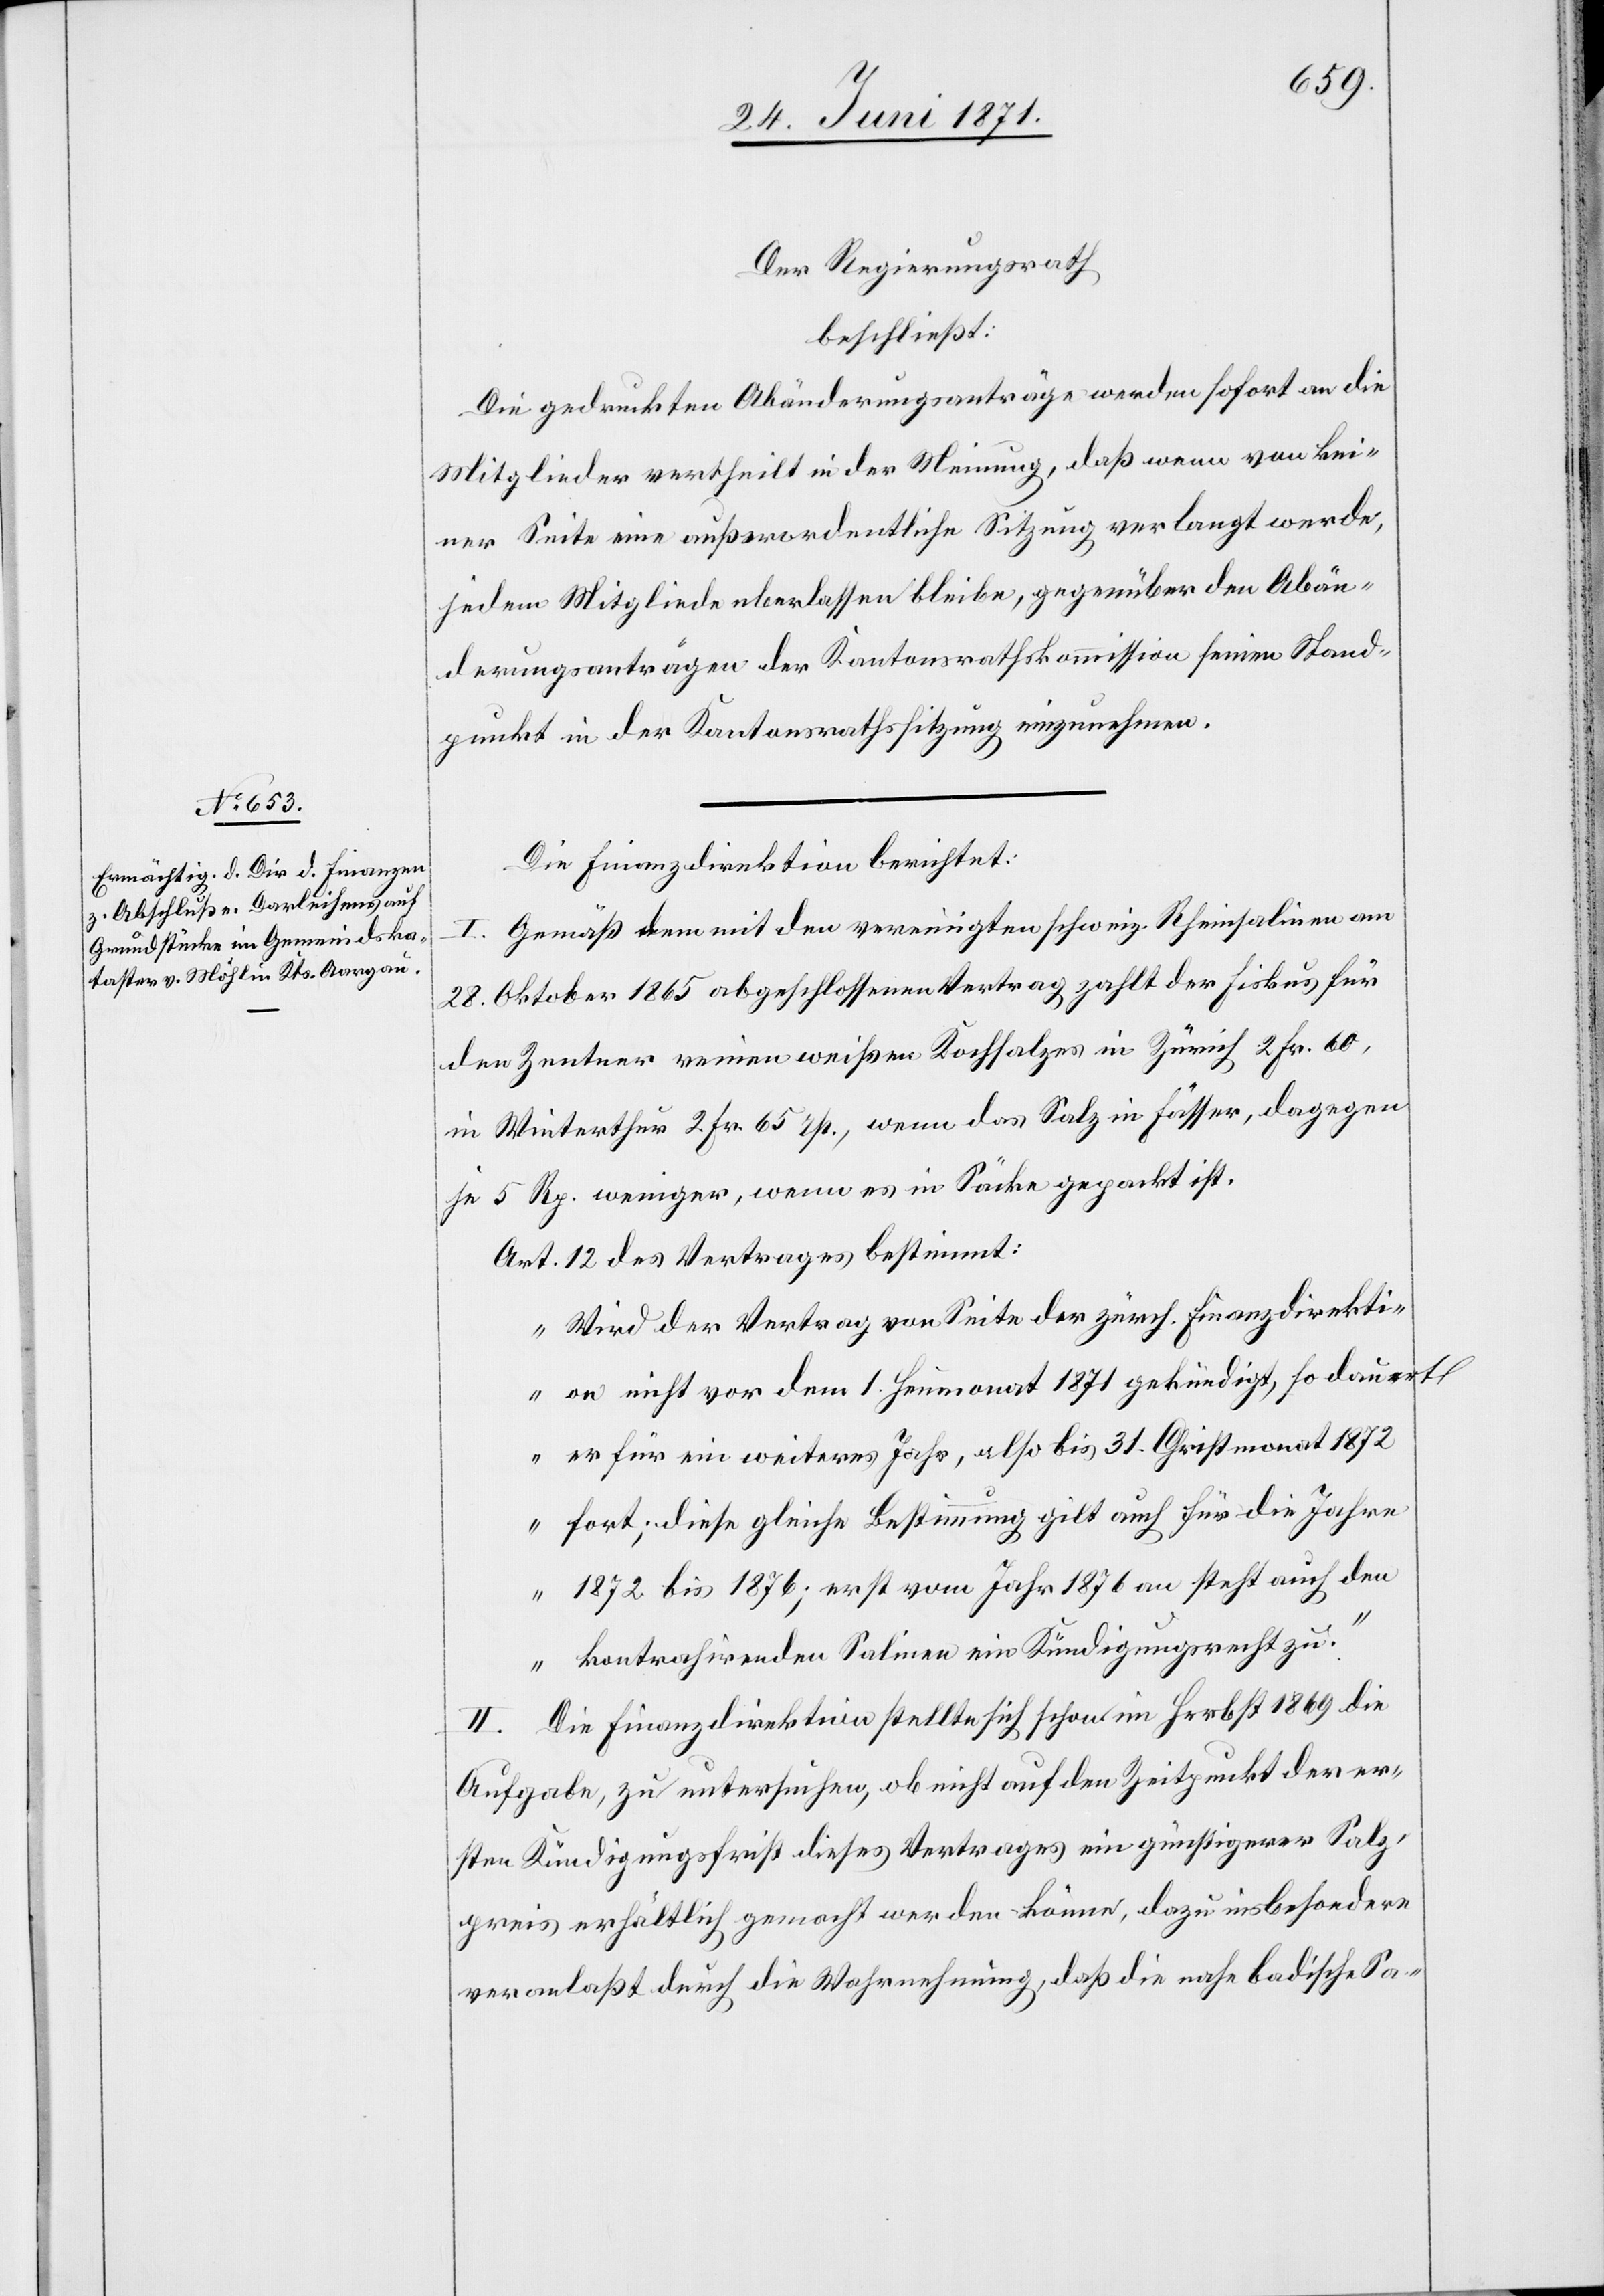
27. Juni 1871.]
Der Regierungsrath
beschließt:
Die gedruckten Abänderungsanträge werden sofort an die
Mitglieder vertheilt in der Meinung, daß wenn von kei¬
ner Seite eine außerordentliche Sitzung verlangt werde,
jedem Mitgliede überlassen bleibe, gegenüber den Abän¬
derungsanträgen der Kantonsrathskommission seinen Stand¬
punkt in der Kantonsrathssitzung einzunehmen.
Die Finanzdirektion berichtet:
I. Gemäß dem mit den vereinigten schweiz. Rheinsalinen am
28. Oktober 1865 abgeschlossenen Vertrag zahlt der Fiskus für
den Zentner reinen weißen Kochsalzes in Zürich 2 Fr. 60,
in Winterthur 2 Fr. 65 rp., wenn das Salz in Fässer, dagegen
je 5 Rp. weniger, wenn es in Säcke gepackt ist.
Art. 12 des Vertrages bestimmt:
„Wird der Vertrag von Seite der zürch. Finanzdirekti¬
on nicht vor dem 1. Heumonat 1871 gekündigt, so dauert
er für ein weiteres Jahr, also bis 31. Christmonat 1872
fort, diese gleiche Bestimmung gilt auch für die Jahre
1872 bis 1876; erst vom Jahr 1876 an steht auch den
kontrahirenden Salinen ein Kündigungsrecht zu.“
II. Die Finanzdirektion stellte sich schon im Herbst 1869 die
Aufgabe, zu untersuchen, ob nicht auf dem Zeitpunkt der er¬
sten Kündigungsfrist dieses Vertrages ein günstigerer Salz¬
preis erhältlich gemacht werden könne, dazu insbesondere
veranlaßt durch die Wahrnehmung, daß die nahe badische Sa-